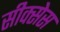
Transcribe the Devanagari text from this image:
सीक्सेस